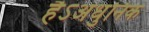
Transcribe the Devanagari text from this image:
हैऽअधुनिक